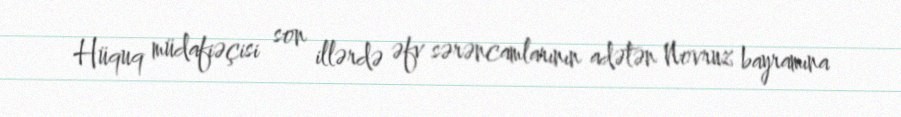
Hüquq müdafiəçisi son illərdə əfv sərəncamlarının adətən Novruz bayramına